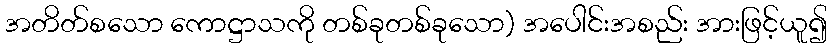
အတိတ်စသော ကောဋ္ဌာသကို တစ်ခုတစ်ခုသော) အပေါင်းအစည်း အားဖြင့်ယူ၍